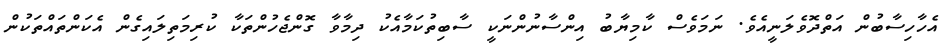
އެހާހިސާބުން އަތްދޮވެލަނީއެވެ. ނަމަވެސް ކާމިޔާބު އިންސާާނުންނަކީ ސާބިތުކަމާއެކު ދިމާވާ ގޮންޖެހުންތަކާ ކުރިމަތިލައިގެން އެކަންތައްތަކުން